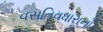
વસતિવધારાનો